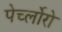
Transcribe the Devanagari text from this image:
पेर्च्लोरो